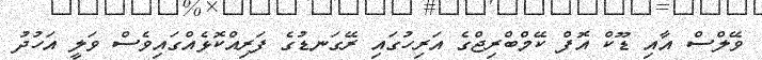
ވޭލްސް އާއި ޑޫކް އޮފް ކޭމްބްރިޖްގެ އަރިހުގައި ރޭގަނޑުގެ ފަރިއްކޮޅެއްގައިވެސް ވަލީ އަހުދު